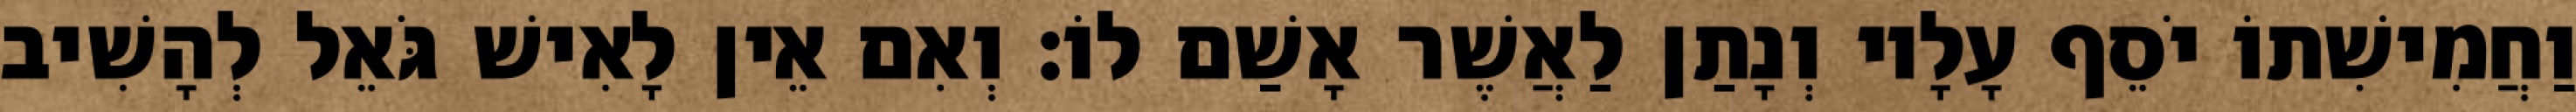
וַחֲמִישִׁתוֹ יֹסֵף עָלָיו וְנָתַן לַאֲשֶׁר אָשַׁם לוֹ׃ וְאִם אֵין לָאִישׁ גֹּאֵל לְהָשִׁיב